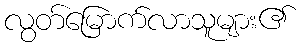
လွတ်မြောက်လာသူများ၏